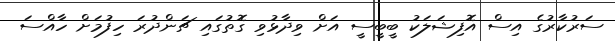
ސަރުކާރުގެ އިސް އޮފިޝަލަކު ބީބީސީ އަށް ވިދާޅުވި ގޮތުގައި ޗަންދުރަ ހިފުމަށް ހާއްސަ